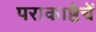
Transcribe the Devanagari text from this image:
पराकाष्ठेचें